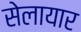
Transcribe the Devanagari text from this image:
सेलायार